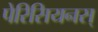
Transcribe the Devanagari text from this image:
पेरिसियनस्